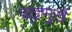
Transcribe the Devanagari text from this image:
प्राज्ञमुखें